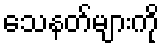
သေနတ်များကို